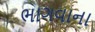
ભાગવાના